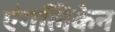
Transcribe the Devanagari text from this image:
एंगलिकेन